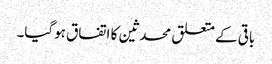
باقی کے متعلق محدثین کا اتفاق ہوگیا۔